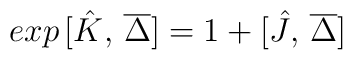
exp\,[\hat{K},\,\overline{\Delta}] = 1 + [\hat{J},\,\overline{\Delta}]